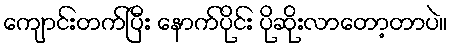
ကျောင်းတက်ပြီး နောက်ပိုင်း ပိုဆိုးလာတော့တာပဲ။